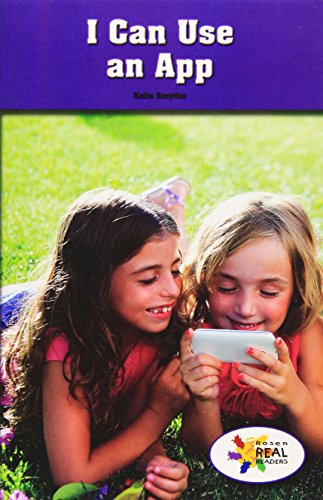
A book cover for I Can Use an App (Rosen Real Readers: Steam Collection); Katie Smythe; Children's Books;